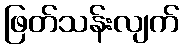
ဖြတ်သန်းလျက်